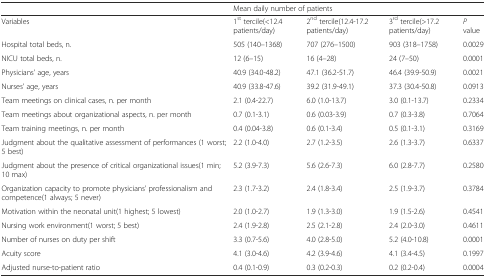
<table><thead><tr><td></td><td colspan="3"><b>Mean daily number of patients</b></td><td></td></tr></thead><tbody><tr><td>Variables</td><td>1<sup>st</sup> tercile(&lt;12.4 patients/day)</td><td>2<sup>nd</sup> tercile(12.4-17.2 patients/day)</td><td>3<sup>rd</sup> tercile(&gt;17.2 patients/day)</td><td><i>P</i> value</td></tr><tr><td>Hospital total beds, n.</td><td>505 (140–1368)</td><td>707 (276–1500)</td><td>903 (318–1758)</td><td>0.0029</td></tr><tr><td>NICU total beds, n.</td><td>12 (6–15)</td><td>16 (4–28)</td><td>24 (7–50)</td><td>0.0001</td></tr><tr><td>Physicians’ age, years</td><td>40.9 (34.0-48.2)</td><td>47.1 (36.2-51.7)</td><td>46.4 (39.9-50.9)</td><td>0.0021</td></tr><tr><td>Nurses’ age, years</td><td>40.9 (33.8-47.6)</td><td>39.2 (31.9-49.1)</td><td>37.3 (30.4-50.8)</td><td>0.0913</td></tr><tr><td>Team meetings on clinical cases, n. per month</td><td>2.1 (0.4-22.7)</td><td>6.0 (1.0-13.7)</td><td>3.0 (0.1-13.7)</td><td>0.2334</td></tr><tr><td>Team meetings about organizational aspects, n. per month</td><td>0.7 (0.1-3.1)</td><td>0.6 (0.03-3.9)</td><td>0.7 (0.3-3.8)</td><td>0.7064</td></tr><tr><td>Team training meetings, n. per month</td><td>0.4 (0.04-3.8)</td><td>0.6 (0.1-3.4)</td><td>0.5 (0.1-3.1)</td><td>0.3169</td></tr><tr><td>Judgment about the qualitative assessment of performances (1 worst; 5 best)</td><td>2.2 (1.0-4.0)</td><td>2.7 (1.2-3.5)</td><td>2.6 (1.3-3.7)</td><td>0.6337</td></tr><tr><td>Judgment about the presence of critical organizational issues(1 min; 10 max)</td><td>5.2 (3.9-7.3)</td><td>5.6 (2.6-7.3)</td><td>6.0 (2.8-7.7)</td><td>0.2580</td></tr><tr><td>Organization capacity to promote physicians’ professionalism and competence(1 always; 5 never)</td><td>2.3 (1.7-3.2)</td><td>2.4 (1.8-3.4)</td><td>2.5 (1.9-3.7)</td><td>0.3784</td></tr><tr><td>Motivation within the neonatal unit(1 highest; 5 lowest)</td><td>2.0 (1.0-2.7)</td><td>1.9 (1.3-3.0)</td><td>1.9 (1.5-2.6)</td><td>0.4541</td></tr><tr><td>Nursing work environment(1 worst; 5 best)</td><td>2.4 (1.9-2.8)</td><td>2.5 (2.1-2.8)</td><td>2.4 (2.0-3.0)</td><td>0.4611</td></tr><tr><td>Number of nurses on duty per shift</td><td>3.3 (0.7-5.6)</td><td>4.0 (2.8-5.0)</td><td>5.2 (4.0-10.8)</td><td>0.0001</td></tr><tr><td>Acuity score</td><td>4.1 (3.0-4.6)</td><td>4.2 (3.9-4.6)</td><td>4.1 (3.4-4.5)</td><td>0.1997</td></tr><tr><td>Adjusted nurse-to-patient ratio</td><td>0.4 (0.1-0.9)</td><td>0.3 (0.2-0.3)</td><td>0.2 (0.2-0.4)</td><td>0.0004</td></tr></tbody></table>